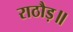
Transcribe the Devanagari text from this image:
राठौड़॥